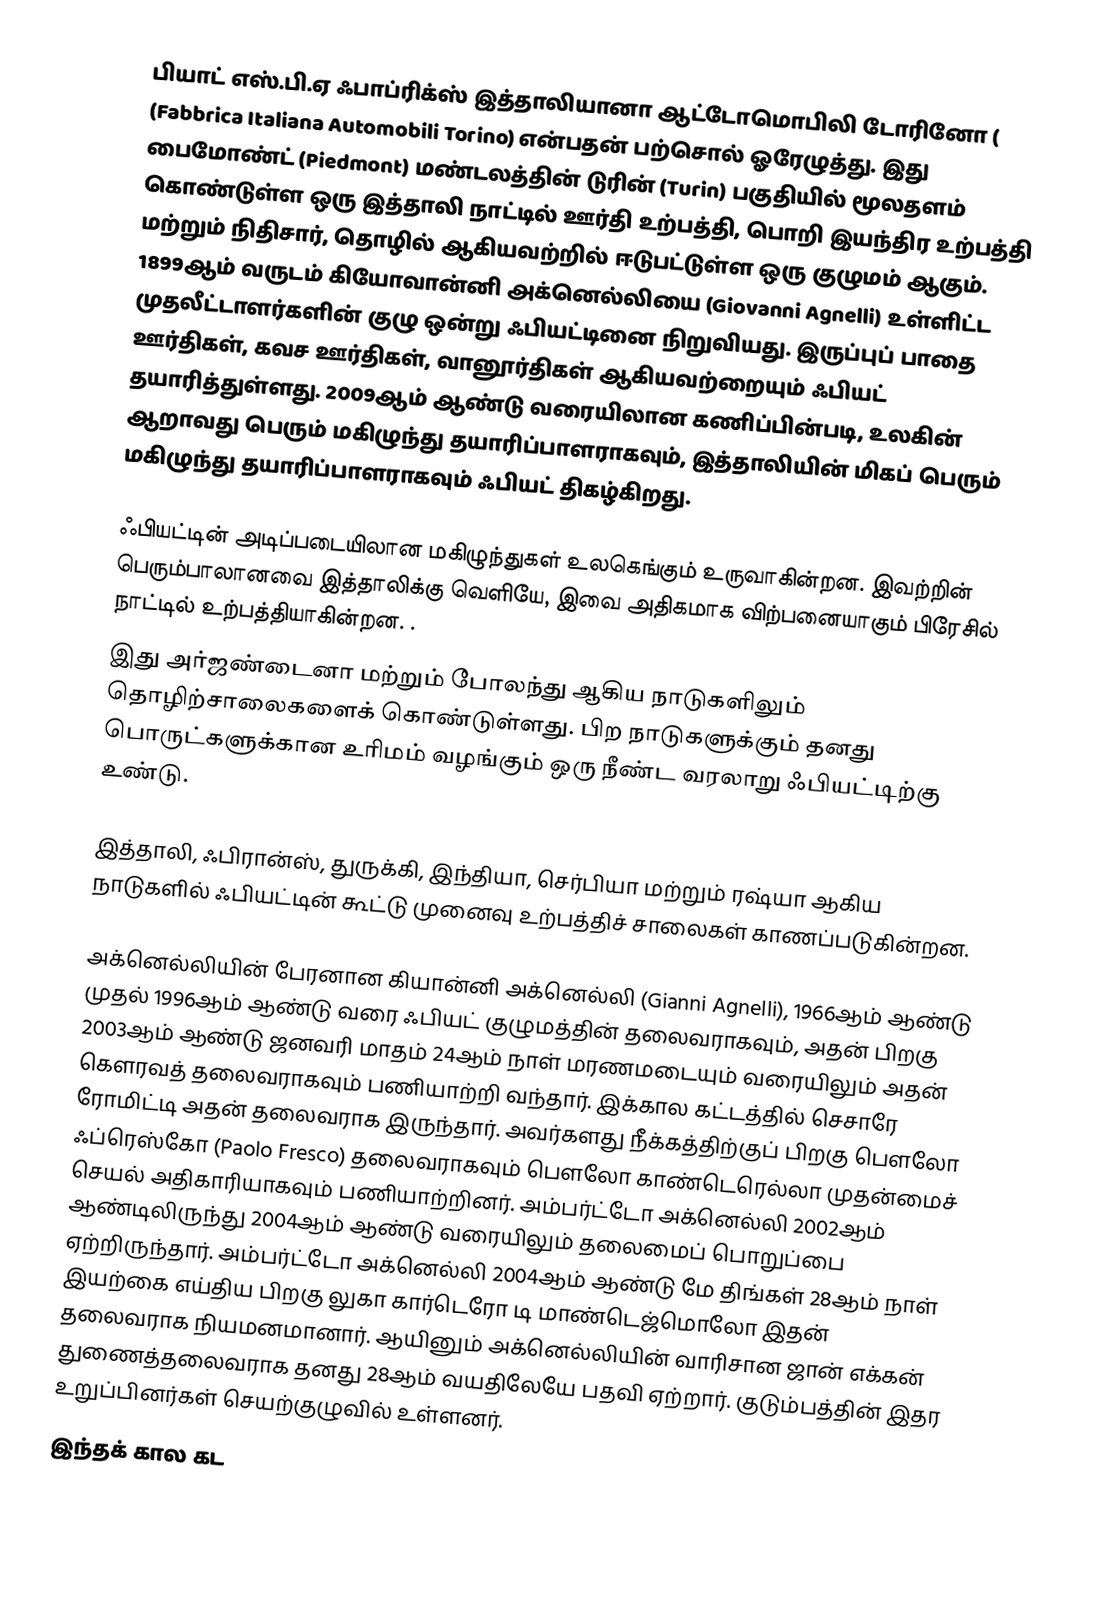
பியாட் எஸ்.பி.ஏ ஃபாப்ரிக்ஸ் இத்தாலியானா ஆட்டோமொபிலி டோரினோ ( (Fabbrica Italiana Automobili Torino) என்பதன் பற்சொல் ஓரேழுத்து. இது பைமோண்ட் (Piedmont) மண்டலத்தின் டுரின் (Turin) பகுதியில் மூலதளம் கொண்டுள்ள ஒரு இத்தாலி நாட்டில் ஊர்தி உற்பத்தி, பொறி இயந்திர உற்பத்தி மற்றும் நிதிசார், தொழில் ஆகியவற்றில் ஈடுபட்டுள்ள ஒரு குழுமம் ஆகும். 1899ஆம் வருடம் கியோவான்னி அக்னெல்லியை (Giovanni Agnelli) உள்ளிட்ட முதலீட்டாளர்களின் குழு ஒன்று ஃபியட்டினை நிறுவியது. இருப்புப் பாதை ஊர்திகள், கவச ஊர்திகள், வானூர்திகள் ஆகியவற்றையும் ஃபியட் தயாரித்துள்ளது. 2009ஆம் ஆண்டு வரையிலான கணிப்பின்படி, உலகின் ஆறாவது பெரும் மகிழுந்து தயாரிப்பாளராகவும், இத்தாலியின் மிகப் பெரும் மகிழுந்து தயாரிப்பாளராகவும் ஃபியட் திகழ்கிறது.

ஃபியட்டின் அடிப்படையிலான மகிழுந்துகள் உலகெங்கும் உருவாகின்றன. இவற்றின் பெரும்பாலானவை இத்தாலிக்கு வெளியே, இவை அதிகமாக விற்பனையாகும் பிரேசில் நாட்டில் உற்பத்தியாகின்றன. .
இது அர்ஜண்டைனா மற்றும் போலந்து ஆகிய நாடுகளிலும் தொழிற்சாலைகளைக் கொண்டுள்ளது. பிற நாடுகளுக்கும் தனது பொருட்களுக்கான உரிமம் வழங்கும் ஒரு நீண்ட வரலாறு ஃபியட்டிற்கு உண்டு.

இத்தாலி, ஃபிரான்ஸ், துருக்கி, இந்தியா, செர்பியா மற்றும் ரஷ்யா ஆகிய நாடுகளில் ஃபியட்டின் கூட்டு முனைவு உற்பத்திச் சாலைகள் காணப்படுகின்றன.

அக்னெல்லியின் பேரனான கியான்னி அக்னெல்லி (Gianni Agnelli), 1966ஆம் ஆண்டு முதல் 1996ஆம் ஆண்டு வரை ஃபியட் குழுமத்தின் தலைவராகவும், அதன் பிறகு 2003ஆம் ஆண்டு ஜனவரி மாதம் 24ஆம் நாள் மரணமடையும் வரையிலும் அதன் கௌரவத் தலைவராகவும் பணியாற்றி வந்தார். இக்கால கட்டத்தில் செசாரே ரோமிட்டி அதன் தலைவராக இருந்தார். அவர்களது நீக்கத்திற்குப் பிறகு பௌலோ ஃப்ரெஸ்கோ (Paolo Fresco) தலைவராகவும் பௌலோ காண்டெரெல்லா முதன்மைச் செயல் அதிகாரியாகவும் பணியாற்றினர். அம்பர்ட்டோ அக்னெல்லி 2002ஆம் ஆண்டிலிருந்து 2004ஆம் ஆண்டு வரையிலும் தலைமைப் பொறுப்பை ஏற்றிருந்தார். அம்பர்ட்டோ அக்னெல்லி 2004ஆம் ஆண்டு மே திங்கள் 28ஆம் நாள் இயற்கை எய்திய பிறகு லுகா கார்டெரோ டி மாண்டெஜ்மொலோ இதன் தலைவராக நியமனமானார். ஆயினும் அக்னெல்லியின் வாரிசான ஜான் எக்கன் துணைத்தலைவராக தனது 28ஆம் வயதிலேயே பதவி ஏற்றார். குடும்பத்தின் இதர உறுப்பினர்கள் செயற்குழுவில் உள்ளனர்.
இந்தக் கால கட